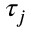
\tau _ { j }